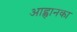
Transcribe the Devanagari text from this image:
आह्वानका